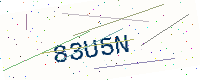
Text: 83U5N